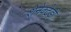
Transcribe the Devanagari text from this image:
शेनेक्टेडी